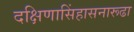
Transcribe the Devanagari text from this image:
दक्षिणासिंहासनारूढा